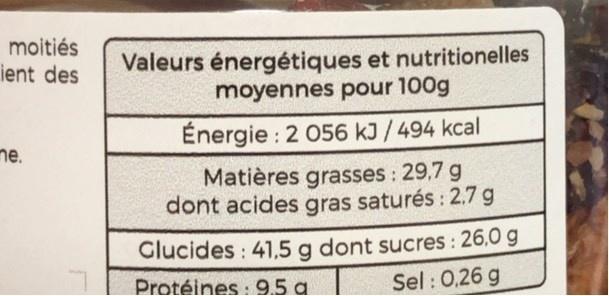
moitiés ient des
Valeurs énergétiques et nutritionelles moyennes pour 100g
Énergie : 2 056 kJ / 494 kcal
ne.
Matières grasses : 29,7 g dont acides gras saturés : 2.7 g
Clucides : 41,5 g dont sucres : 26,0 g Sel : 0,26 g
Protéines : 9.5 a